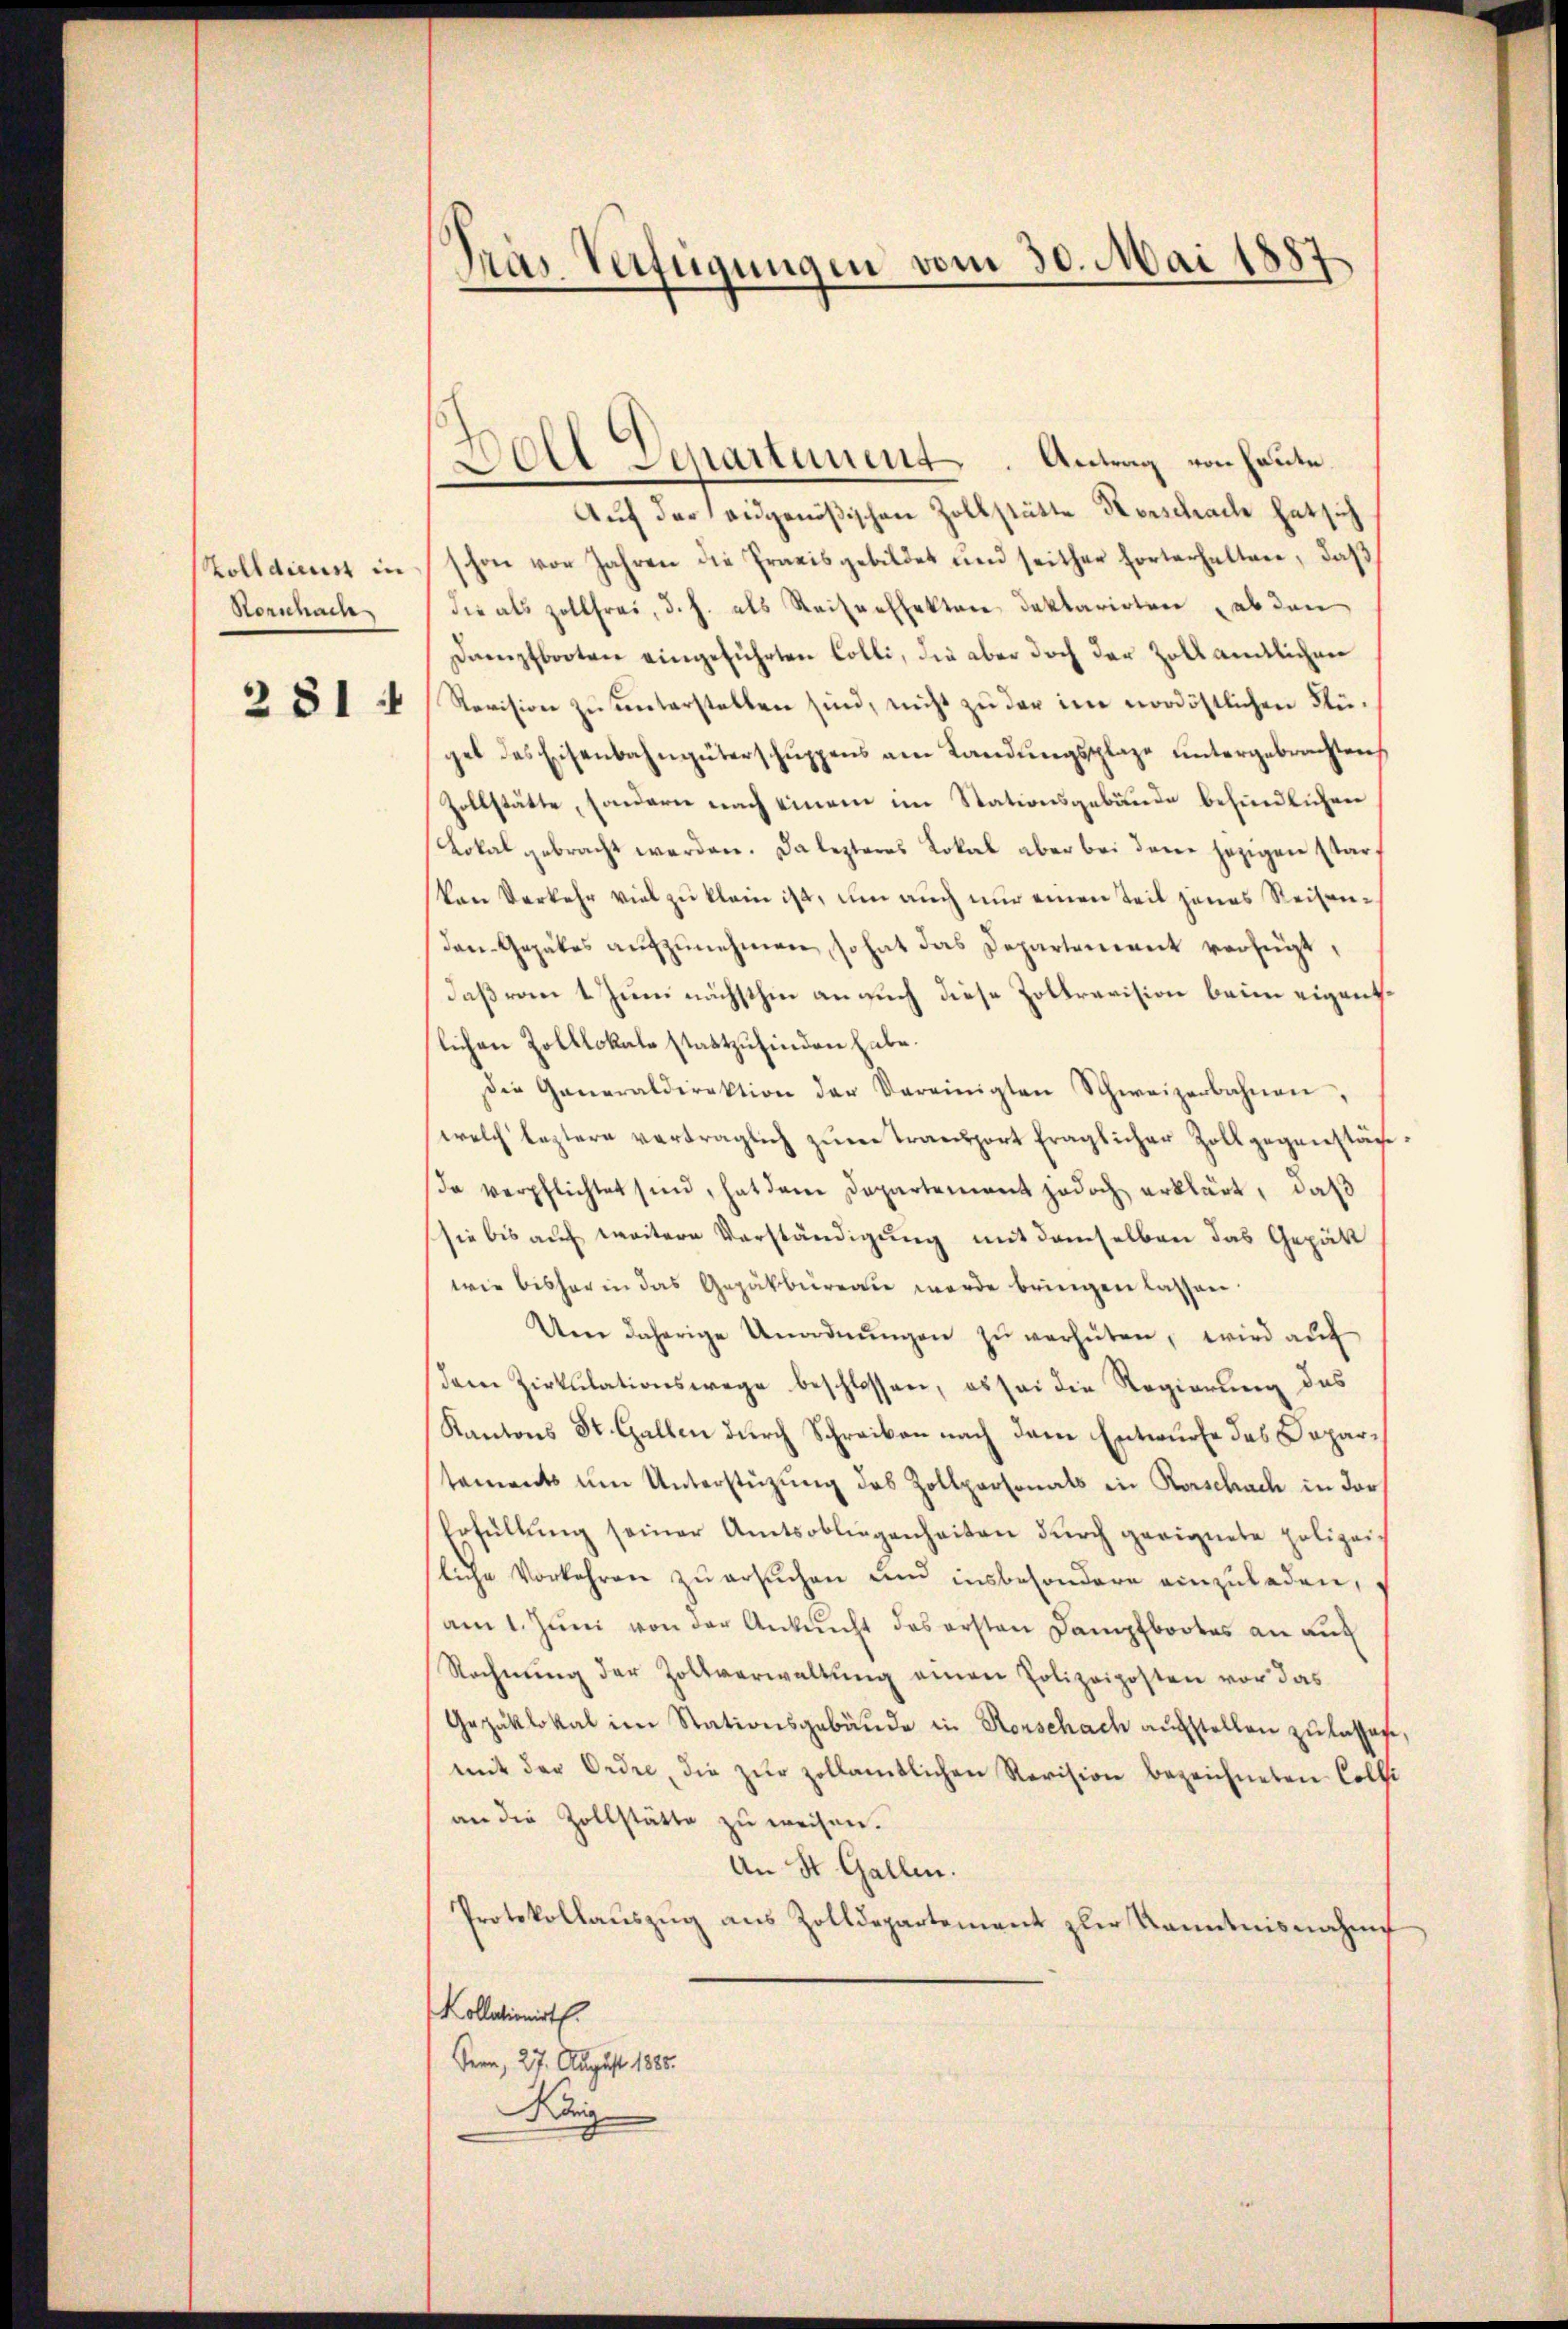
Zolldienst in
Horschache
281 :

Präs. Verfügungen vom 30. Mai 1887

Dolt Separtement. Antrag von heute.
Auf der eidgenößischen Zollstätte Kerschach hat sich
schon vor Jahren die Praxis gebildet und seither hörterhalten, daβ
die als Zollfrei, d. h. als Reiserfekten Deklarirten abden
Dampfbooten eingeführten Colli, die aber doch der Zoll amtlichen
Revision zu unterstellen sind, nicht zu der im nordöstlichen Flüget das Eisenbahngüterschŭppens am Landŭngsplaze untergebrachten
Zollstätte, sondern nach einem im Stationsgebäude befindlichen
Lokal gebracht werden. Da lezteres Lokal aber bei dene jezigen star¬
Von Verkehr viel zu klein ist, um auch nur einen Teil jenes Reisendan- Gepäbes aŭfzŭnehmen, so hat das Departement verfügt,
daß vom 1 Juni nächsthin an auch diese Zoltrevision beim eigentslichen Zolllokale stattzufinden habe.
Die Generaldirektion der Vereinigten Schweizerbahnen,
welch leztere verträglich zŭm Transport fraglicher Zoll gegenstända verpflichtet sind, hat dem Departement jedoch erklärt, daß
sie bis auf weitere Verständigung mit demselben das Gepätt
wie bisher in das Gepäkbüreau werde bringen lassen.
Um daherige Unordnŭngen zŭ verhüten, wird auf
dam Zirkŭlationswege beschlossen, es sei die Regierung des
Kantons St. Gallen durch Schreiben nach dem Entwurfe des Departaments um Unterstützung des Zollpersonals in Rorschach in der
Erfüllŭng seiner Amtsobliegenheiten dŭrch geeignete polizei,
liche Vorkehren zu ersuchen und insbesondere einzuladen,
am 1. Jŭni von der Ankunft des ersten Dampfbootes an auf
Rechnung der Zollverwaltung einen Polizeiposten vor das
Gepäklokal im Stationsgebäude in Rorschach aufstellen zu lassen,
mit der Ordre, die zŭr zollamtlichen Revision bezeichneten Colli
an die Zollstätte zu weisen.
An St. Gallen.
Protokollaŭszŭg ans Zolldepartement zur Kenntnisnahme
Kollationirt.
Bern, 27. August 1885.
König